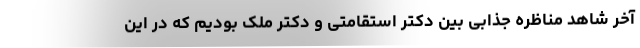
آخر شاهد مناظره جذابی بین دکتر استقامتی و دکتر ملک بودیم که در این